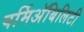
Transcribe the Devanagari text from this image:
पर्मिअॅबिलिटी